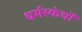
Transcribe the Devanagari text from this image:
धर्मस्कंधों